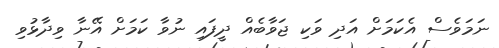
ނަމަވެސް އެކަމަށް އަދި ވަކި ޖަވާބެއް ދީފައި ނުވާ ކަމަށް އޭނާ ވިދާޅުވި